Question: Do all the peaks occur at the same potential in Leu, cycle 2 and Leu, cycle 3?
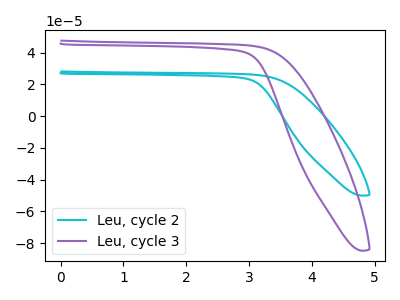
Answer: <think>The cyan curve "Leu, cycle 2" has no peaks. The purple curve "Leu, cycle 3" has no peaks.</think>
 <answer>Niether CV has any peaks.</answer>
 <eval>blanks</eval>